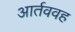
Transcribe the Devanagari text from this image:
आर्तववह